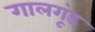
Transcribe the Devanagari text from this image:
गालगूंड